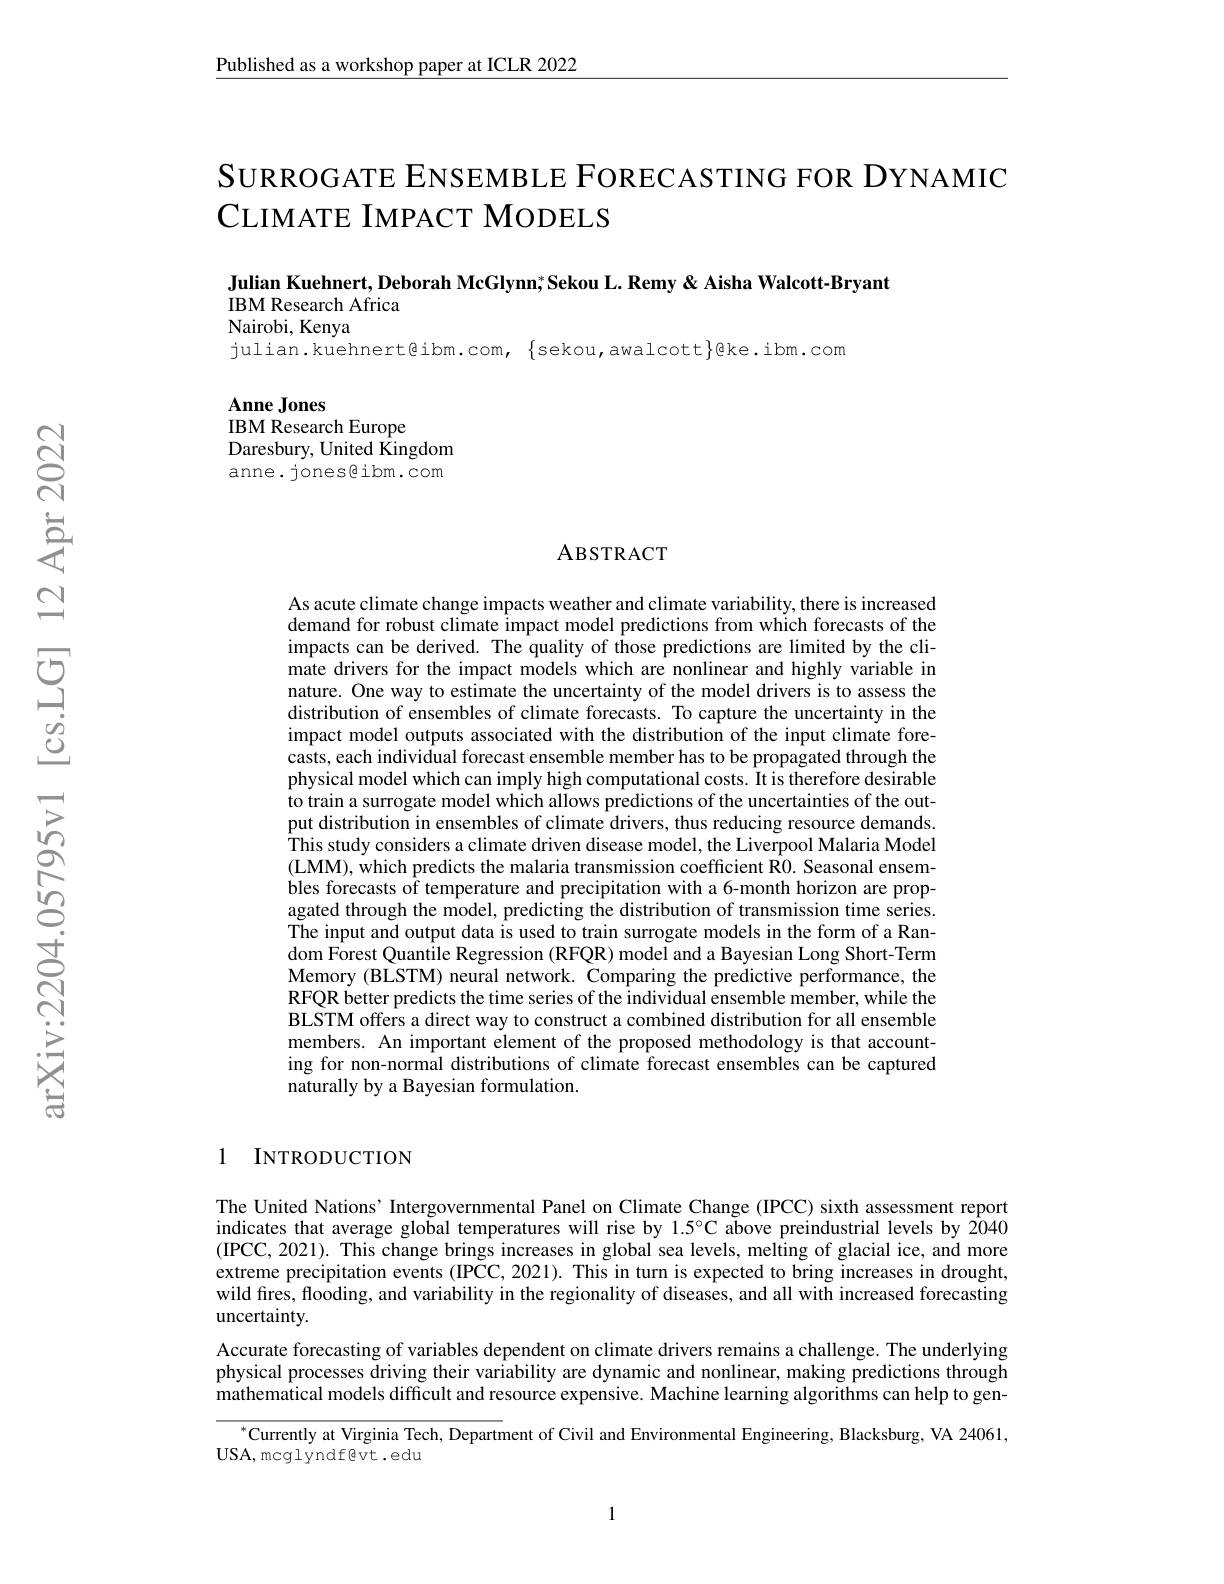
Published as a workshop paper at ICLR 2022

SURROGATE ENSEMBLE FORECASTING FOR DYNAMIC
CLIMATE IMPACT MODELS

Julian Kuehnert, Deborah McGlynn; Sekou L. Remy & Aisha Walcott-Bryant
IBM Research Africa
Nairobi, Kenya

julian.kuehnert@ibm.com, $\{$sekou,awalcott$\}$@ke.ibm.com

$\mathbf{AnneJones}$
IBM Research Europe
Daresbury, United Kingdom anne. jones@ibm.com

# ABSTRACT

As acute climate change impacts weather and climate variability, there is increased demand for robust climate impact model predictions from which forecasts of the impacts can be derived. The quality of those predictions are limited by the climate drivers for the impact models which are nonlinear and highly variable in nature. One way to estimate the uncertainty of the model drivers is to assess the distribution of ensembles of climate forecasts. To capture the uncertainty in the impact model outputs associated with the distribution of the input climate forecasts, each individual forecast ensemble member has to be propagated through the physical model which can imply high computational costs. It is therefore desirable to train a surrogate model which allows predictions of the uncertainties of the output distribution in ensembles of climate drivers, thus reducing resource demands. This study considers a climate driven disease model, the Liverpool Malaria Model (LMM), which predicts the malaria transmission coefficient R$\hat{0}.$ Seasonal ensembles forecasts of temperature and precipitation with a 6-month horizon are propagated through the model, predicting the distribution of transmission time series. The input and output data is used to train surrogate models in the form of a Random Forest Quantile Regression (RFQR) model and a Bayesian Long Short-Term Memory (BLSTM) neural network. Comparing the predictive performance, the RFQR better predicts the time series of the individual ensemble member, while the BLSTM offers a direct way to construct a combined distribution for all ensemble members. An important element of the proposed methodology is that accounting for non-normal distributions of climate forecast ensembles can be captured naturally by a Bayesian formulation.

1 INTRODUCTION

The United Nations’ Intergovernmental Panel on Climate Change (IPCC) sixth assessment report indicates that average global temperatures will rise by $1.5^{\circ}$C above preindustrial levels by 2040 (IPCC, 2021). This change brings increases in global sea levels, melting of glacial ice, and more extreme precipitation events (IPCC, 2021). This in turn is expected to bring increases in drought, wild fires, flooding, and variability in the regionality of diseases, and all with increased forecasting uncertainty.
Accurate forecasting of variables dependent on climate drivers remains a challenge. The underlying physical processes driving their variability are dynamic and nonlinear, making predictions through mathematical models difficult and resource expensive. Machine learning algorithms can help to gen-
$^{*}$Currently at Virginia Tech, Department of Civil and Environmental Engineering, Blacksburg, VA 24061,
USA, mcglyndfgvt.edu

1